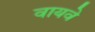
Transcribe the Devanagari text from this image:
वायवे